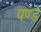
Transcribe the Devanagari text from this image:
पण्डे